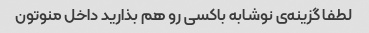
لطفا گزینه‌ی نوشابه باکسی رو هم بذارید داخل منوتون